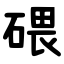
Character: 碨